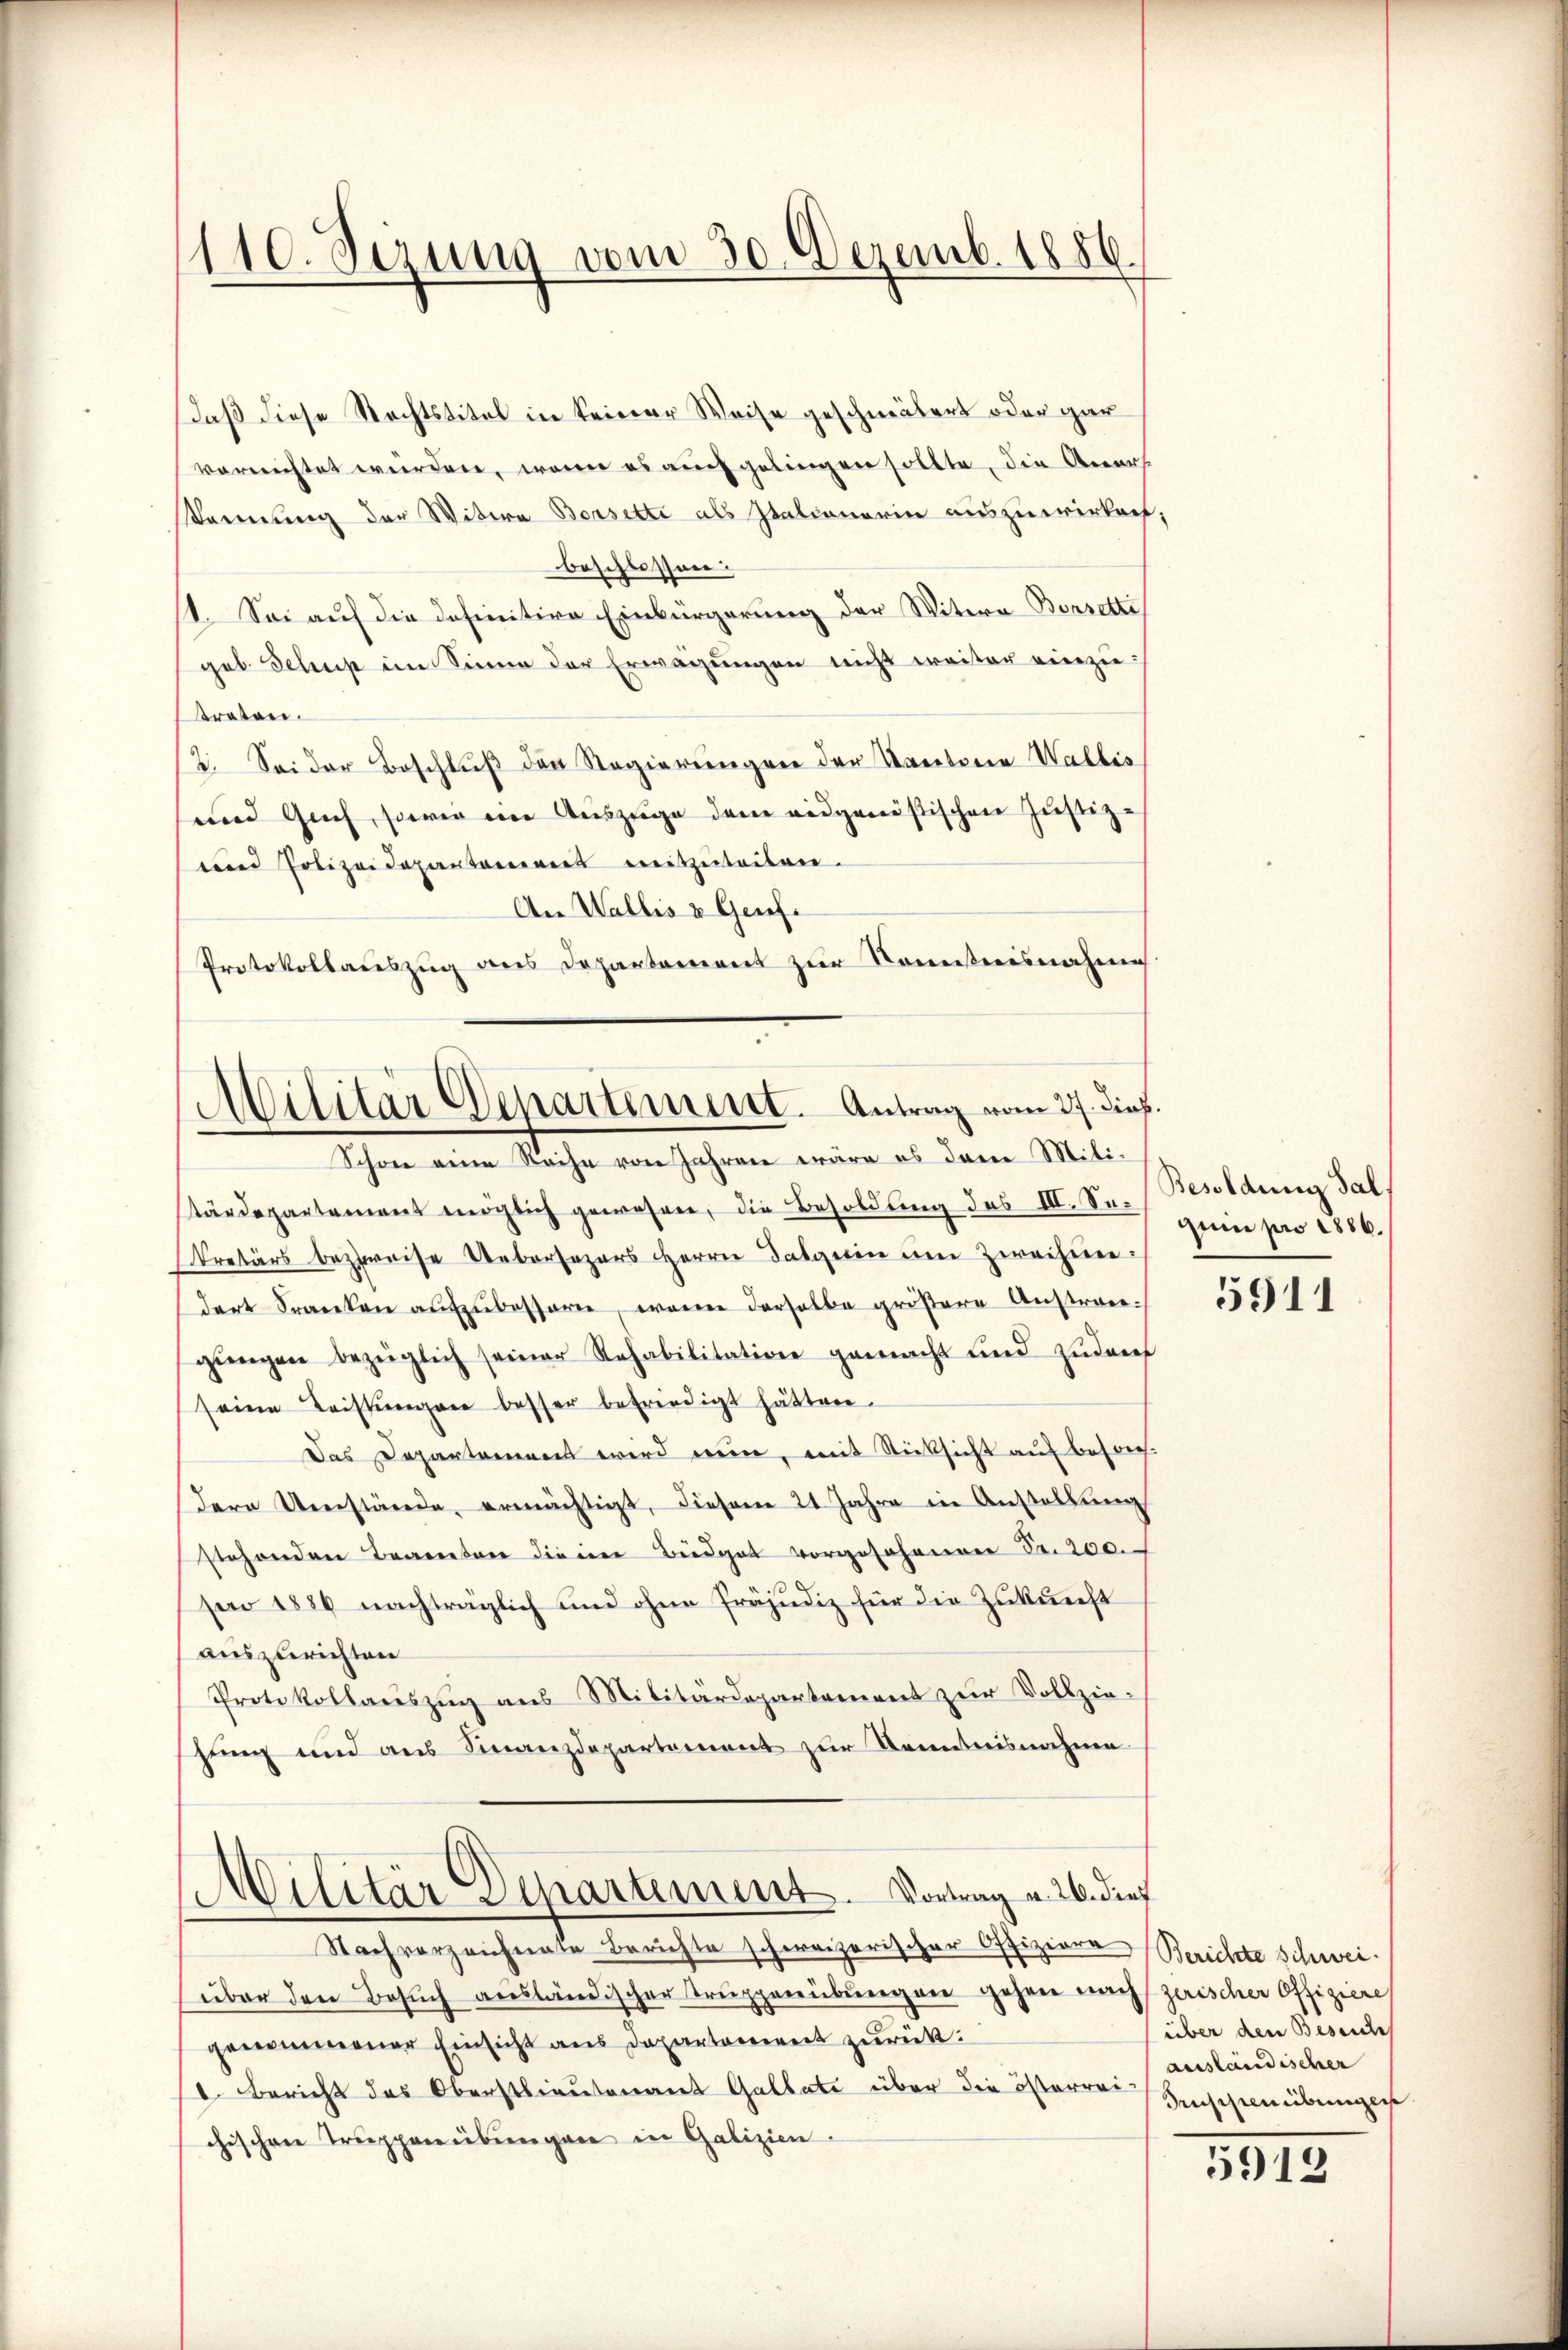
110. Sezung vom 30. Dezemb. 1856.

Daß diese Rechtstitel in keiner Weise geschmälert oder gar
vorrichtet wurden, wenn es auch gelingen sollte, die Anart
kornung der Witwe Borsette als Italianerin auszuwirken;
beschlossen:
1. Sei auf die definitive Einbürgerung der Witern Bonsti
geb. Schuß im Sinne der Erwägungen nicht weiter einzuraten.
/2. Sei der Beschlŭβ den Regierungen der Kantone Wallis
send Gech, sowie ein Auszüge dem eidgenößischen Justiz-
und Polizeidepartamens mitzuteilen.
An Wallis u Genf.
Protokollauszug aus Departement zur Komistnisnahme

Militär Departement. Antrag vom 27. dieß.
Schon eine Sache von Jahren wäre es dann Miti¬

tärdepartement möglich gewesen, die Besoldung des II. ein pro 1886.
kretärs bezweise Uebersezers Herrn Datgerin eine Zweifendort Franken aŭfzŭbessern, wenn derselbe größere Anstragŭngen bezüglich seiner Rehabilitation gemacht und zudeh
seine Leistungen besser befriedigt hätten.
Das Departement wird nun, mit Rücksicht auf besch
dere Umstände, ermächtigt, diesem 21 Jahre in Anstallŭng
stehenden Beamten die im Büdget vorgesehenen Fr. 200.
s
sero 1886 nachträglich und ohne Präjudiz für die Zukunft
auszurichten
Protokollaŭszŭg aŭs Militärdepartement zŭr Vollziesung und aus Finanzdepartement zur Kenntnisnahme
Militärdepartement. Vortrag v. 26. dies
Nach vorzeichnete Berichte schweizerischer Offiziere Berichte Schweiüber den Besuch ausländischer Truppenübungen gehen nach zerischer Offiziere
genommener Einsicht aus Departement zurück.
1. Bericht des Oberstlieutenant Gallate über die österren Hinscheinbergege
chischen Trupperübungen in Galizien

Besoldung Sal.

5911

über den Beseide
ausländischer

5913